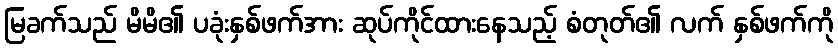
မြခက်သည် မိမိ၏ ပခုံးနှစ်ဖက်အား ဆုပ်ကိုင်ထားနေသည့် စံတုတ်၏ လက် နှစ်ဖက်ကို